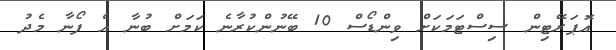
އޮޕަރޭޓިން ސިސްޓަމަކަށް ވިންޑޯސް 10 ބޭނުންކުރާނެ ކަމަށް ބުނާ އެ ފޯނާ މެދު